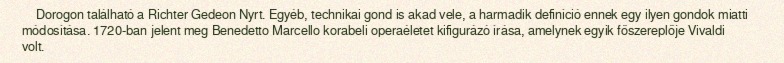
Dorogon található a Richter Gedeon Nyrt. Egyéb, technikai gond is akad vele, a harmadik definíció ennek egy ilyen gondok miatti módosítása. 1720-ban jelent meg Benedetto Marcello korabeli operaéletet kifigurázó írása, amelynek egyik főszereplője Vivaldi volt.